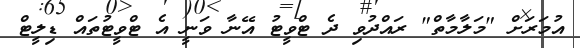
އުމަރަށް "މަލާމާތް" ރައްދުވި ދެ ޓްވީޓު އޭނާ ވަނީ އެ ޓްވީޓުތައް ޑިލީޓް